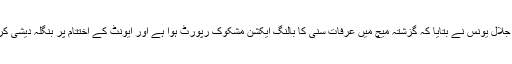
بنگلہ دیش پریمیئر لیگ کی تکنیکی کمیٹی کے چیئرمین جلال یونس نے بتایا کہ گزشتہ میچ میں عرفات سنی کا بالنگ ایکشن مشکوک رپورٹ ہوا ہے اور ایونٹ کے اختتام پر بنگلہ دیشی کرکٹ بورڈ تکنیکی کمیٹی ان کے ایکشن کا جائزہ لے گی۔